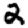
Digit: 2